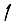
Digit: 1